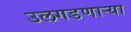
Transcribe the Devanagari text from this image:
उलगडणाऱ्या